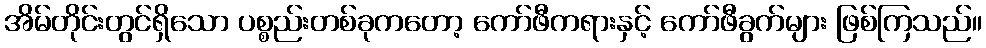
အိမ်တိုင်းတွင်ရှိသော ပစ္စည်းတစ်ခုကတော့ ကော်ဖီကရားနှင့် ကော်ဖီခွက်များ ဖြစ်ကြသည်။